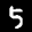
Label: 5